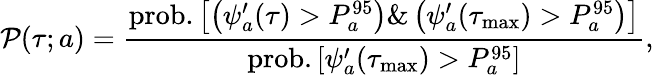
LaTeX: \mathcal{P}(\tau;a)=\frac{\mathrm{prob.}\left[\left(\psi_{a}^{\prime}(\tau)>P_{a}^{95}\right)\& \left(\psi_{a}^{\prime}(\tau_{\operatorname*{max}})>P_{a}^{95}\right)\right]}{\mathrm{prob.}\left[\psi_{a}^{\prime}(\tau_{\operatorname*{max}})>P_{a}^{95}\right]},